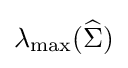
\lambda _{\mathrm {max} }({\widehat {\Sigma }})